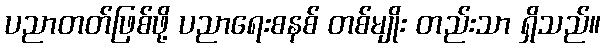
ပညာတတ်ဖြစ်ဖို့ ပညာရေးစနစ် တစ်မျိုး တည်းသာ ရှိသည်။